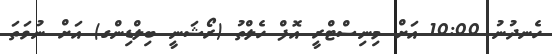
ހެނދުނު 10:00 އަށް މިނިސްޓްރީ އޮފް ހެލްތު (ރޯޝަނީ ބިލްޑިންގ) އަށް ނުވަތަ